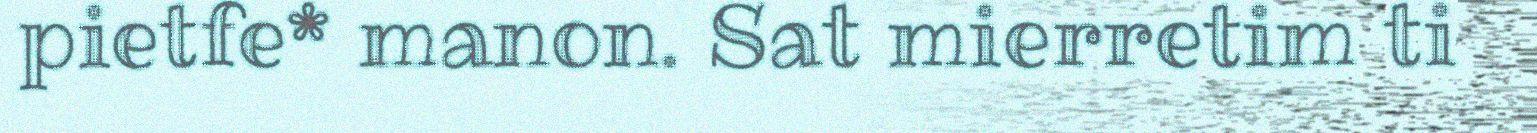
pietfe* manon. Sat mierretim ti